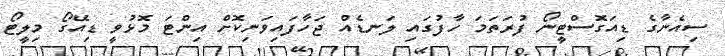
ސިއެނާގެ ޑިއަގޮސްޓީނޯ ފުރަތަމަ ހާފުގައި ލަނޑެއް ޖަހާފައިވަނިކޮށް އިންޓަ މޮޅުވީ ޑިއޭގޯ މިލީޓޯ